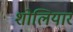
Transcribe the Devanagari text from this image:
शोलियार